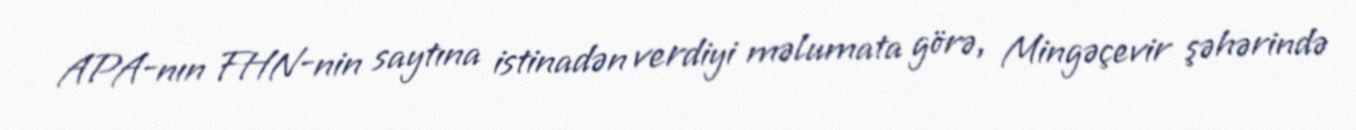
APA-nın FHN-nin saytına istinadən verdiyi məlumata görə, Mingəçevir şəhərində